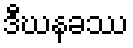
ဒီဃနခဿ